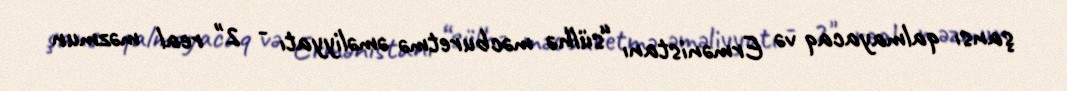
şansı qalmayacaq və Ermənistanı “sülhə məcburetmə əməliyyatı - 2" real məzmun